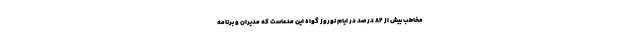
مخاطب بیش از ۸۲ درصد در ایام نوروز گواه این مدعاست که مدیران و برنامه